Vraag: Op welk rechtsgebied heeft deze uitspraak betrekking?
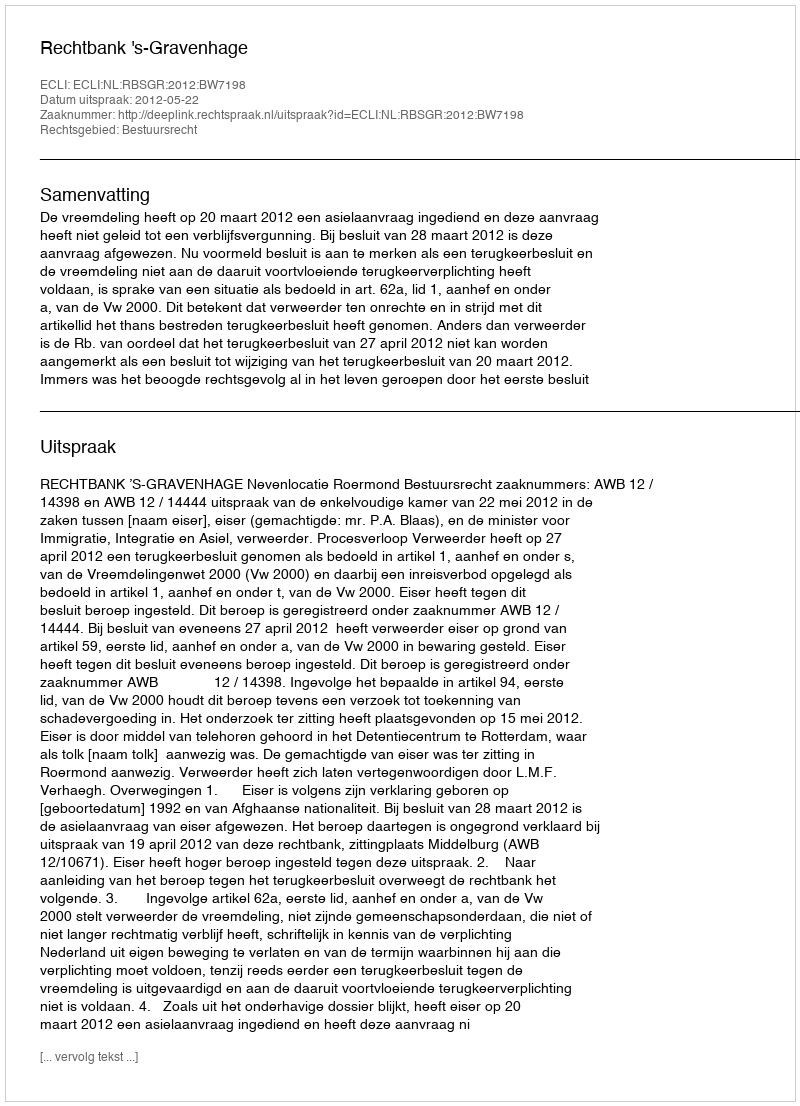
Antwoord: Bestuursrecht